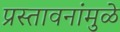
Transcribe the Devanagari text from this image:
प्रस्तावनांमुळे